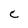
Character: C